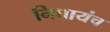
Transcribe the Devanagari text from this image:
निघायंच